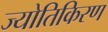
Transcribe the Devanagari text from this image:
ज्योतिकिरण